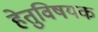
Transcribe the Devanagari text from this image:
हेतुविषयक